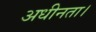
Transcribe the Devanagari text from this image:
अधीनता।